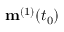
\mathbf { m } ^ { ( 1 ) } ( t _ { 0 } )